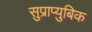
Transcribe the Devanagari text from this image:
सुप्राप्युबिक